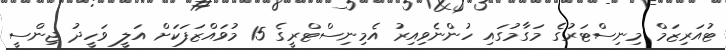
ޓުއަރިޒަމް މިނިސްޓަރުގެ މަގާމުގައި ހުންނެވިއިރު އެމިނިސްޓްރީގެ 15 މުވައްޒަފަކަށް އަލީ ވަހީދު ޖިންސީ